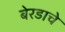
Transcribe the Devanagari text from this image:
बेरडाचे